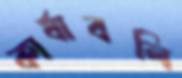
কার্যাবলি